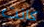
كانت